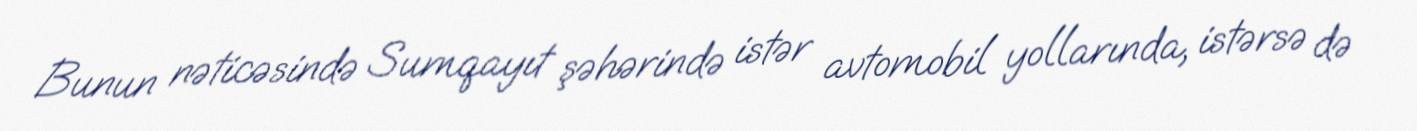
Bunun nəticəsində Sumqayıt şəhərində istər avtomobil yollarında, istərsə də